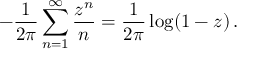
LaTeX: - \frac { 1 } { 2 \pi } \sum _ { n = 1 } ^ { \infty } \frac { z ^ { n } } { n } = \frac { 1 } { 2 \pi } \log ( 1 - z ) \, .